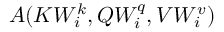
A ( K W _ { i } ^ { k } , Q W _ { i } ^ { q } , V W _ { i } ^ { v } )